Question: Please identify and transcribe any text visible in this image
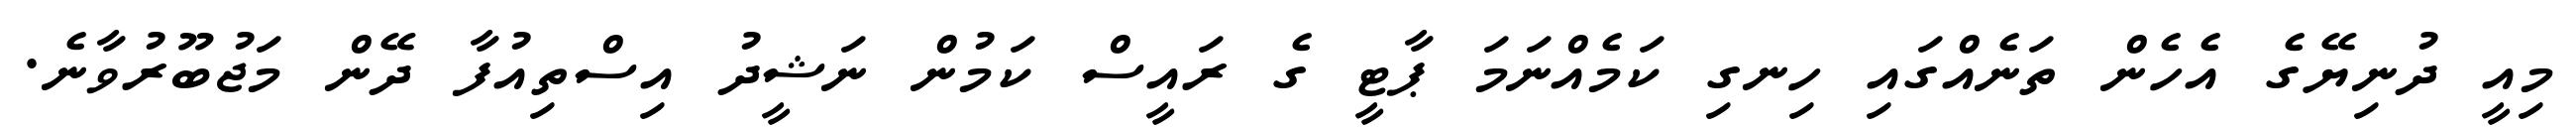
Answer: މިއީ ދުނިޔޭގެ އެހެން ތަނެއްގައި ހިނގި ކަމެއްނަމަ ޕާޓީ ގެ ރައީސް ކަމުން ނަޝީދު އިސްތިއުފާ ދޭން މަޖުބޫރުވާނެ.